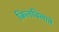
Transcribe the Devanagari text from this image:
किलबिलाते